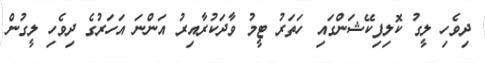
ދިވެހި ލީގު ކޮލިފިކޭޝަންގައި ހަތަރު ޓީމު ވާދަކުރާއިރު އަންނަ އަހަރުގެ ދިވެހި ލީގުން